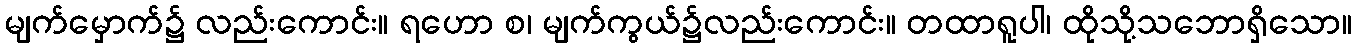
မျက်မှောက်၌ လည်းကောင်း။ ရဟော စ၊ မျက်ကွယ်၌လည်းကောင်း။ တထာရူပါ၊ ထိုသို့သဘောရှိသော။